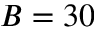
B = 3 0